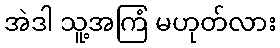
အဲဒါ သူ့အကြံ မဟုတ်လား